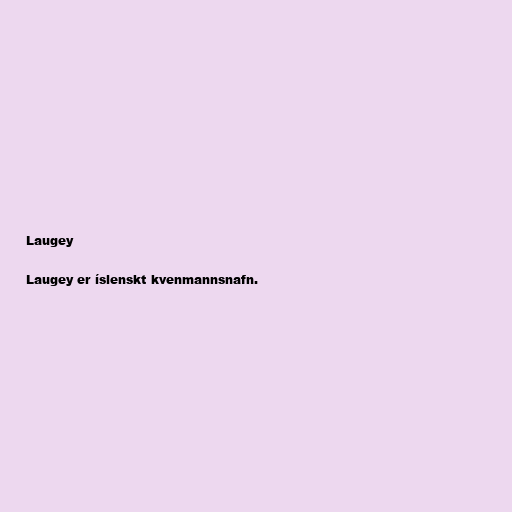
Laugey

Laugey er íslenskt kvenmannsnafn.